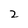
Character: 2